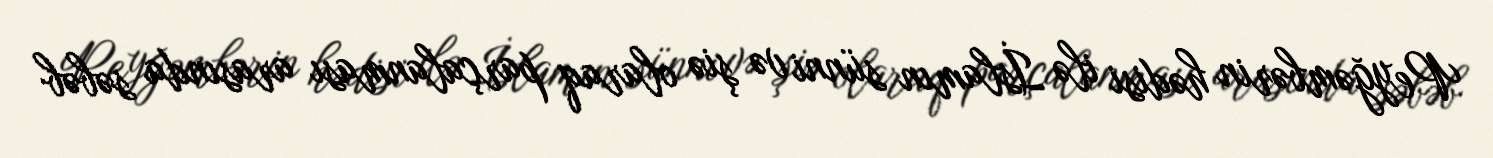
Peyğəmbərin hədisi ilə İslamın sünni və şiə olaraq parçalanması arasında səbəb